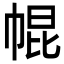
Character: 𢃚